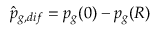
\hat { p } _ { g , d i f } = p _ { g } ( 0 ) - p _ { g } ( R )